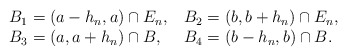
\begin{align*}\begin{tabular}{ll}$B_{1}=\left( a-h_{n},a\right) \cap E_{n},$ & $B_{2}=\left(b,b+h_{n}\right) \cap E_{n},$ \\$B_{3}=\left( a,a+h_{n}\right) \cap B,$ & $B_{4}=\left( b-h_{n},b\right)\cap B.$\end{tabular}\end{align*}